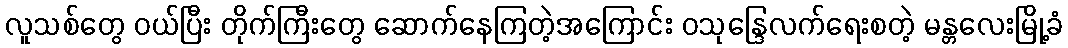
လူသစ်တွေ ဝယ်ပြီး တိုက်ကြီးတွေ ဆောက်နေကြတဲ့အကြောင်း ဝသုန္ဒြေလက်ရေးစတဲ့ မန္တလေးမြို့ခံ